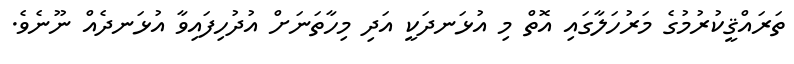
ތަރައްޤީކުރުމުގެ މަރުހަލާގައި އޮތް މި އުޅަނދަކީ އަދި މިހާތަނަށް އުދުހިފައިވާ އުޅަނދެއް ނޫނެވެ.